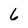
Character: 6